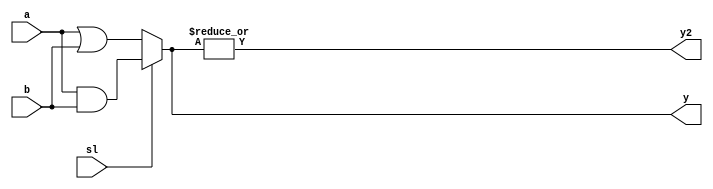


module     mux_assign  
(
    a, b,
    sl,
    y,
     y2
) ;
input    [7:0]	a, b;
input		sl;
output 	[7:0]	y;
output y2;

assign #1 y = (sl) ? a & b: a| b;

assign y2=|y;

endmodule